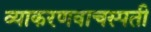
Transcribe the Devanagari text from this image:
व्याकरणवाचस्पती